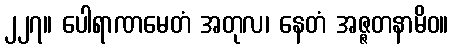
၂၂၇။ ပေါရာဏမေတံ အတုလ၊ နေတံ အဇ္ဇတနာမိဝ။